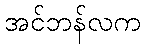
အင်ဘန်လက